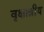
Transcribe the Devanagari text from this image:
वृक्षाश्रीय